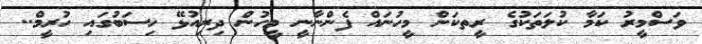
ވަސްމީރު ކަމާ ކުލަތަކުގެ ރީތކަން މީހުނައް ފެންނާނީ މީހުން ދިރިއުޅޭ ހިސަބުގައި ހުރީމް..